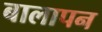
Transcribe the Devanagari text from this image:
बालापन